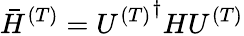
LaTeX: \bar{H}^{(T)}={U^{(T)}}^{\dagger}HU^{(T)}